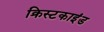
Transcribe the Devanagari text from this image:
क्रिस्टकाइंड